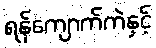
ရန်ကျောက်ကဲနှင့်